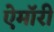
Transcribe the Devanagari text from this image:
ऐमॉरी